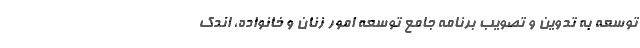
توسعه به تدوین و تصویب برنامه جامع توسعه امور زنان و خانواده، اندک